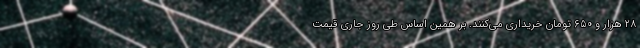
۲۸ هزار و ۶۵۰ تومان خریداری می‌کنند. بر همین‌ اساس طی روز جاری قیمت